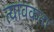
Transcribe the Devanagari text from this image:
त्यावकता